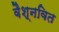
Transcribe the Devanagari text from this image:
वैश्नवित